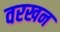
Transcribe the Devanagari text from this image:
वरखन